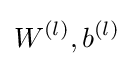
W^{(l)},b^{(l)}